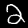
Label: 2